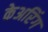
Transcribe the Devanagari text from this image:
केअरिंग